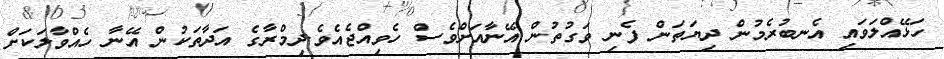
ހަޅޭއްލަވައި އެނބުރެމުން ދިޔަތަން ފެނިި ވަގުތުން އޭނާއަށްވެސް ހެވިއްޖެއެވެ.ދިމްރާގެ އަދާތަކުން އޭނާ ހެއްވާލަކަށް